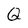
Character: Q